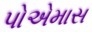
પોએમાસ